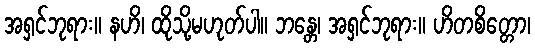
အရှင်ဘုရား။ နဟိ၊ ထိုသို့မဟုတ်ပါ။ ဘန္တေ၊ အရှင်ဘုရား။ ဟိတစိတ္တော၊